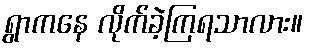
ရွာကနေ လိုက်ခဲ့ကြရသာလား။